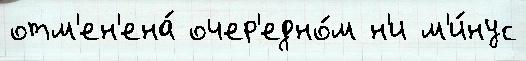
отм'ен'ена́ очер'едно́м н'и м'и́нус